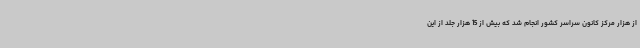
از هزار مرکز کانون سراسر کشور انجام شد که بیش از 15 هزار جلد از این